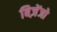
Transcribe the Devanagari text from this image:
बिज़ेंजो